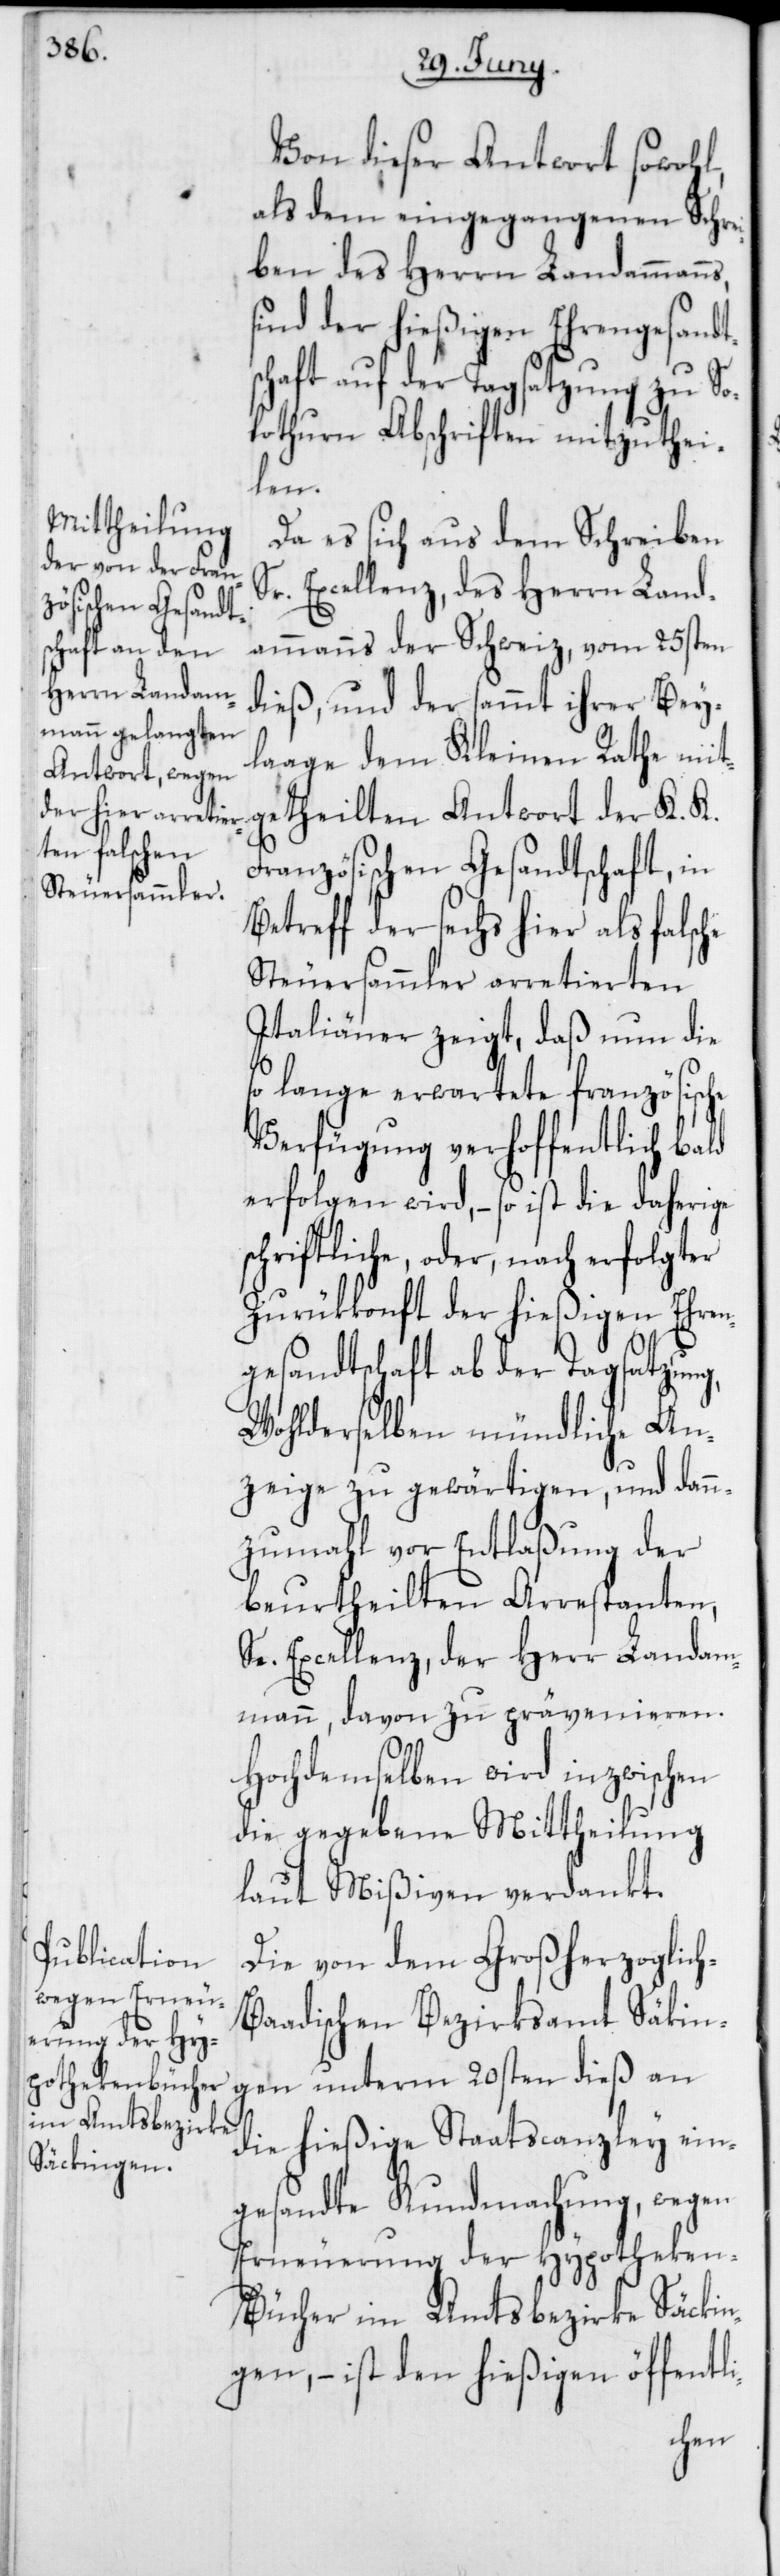
Von dieser Antwort sowohl,
als dem eingegangenen Schrei¬
ben des Herrn Landammanns,
sind der hießigen Ehrengsandts¬
chaft auf der Tagsatzung zu So¬
lothurn Abschriften mitzuthei¬
h-B¬
Da es sich aus dem Schreiben
Sr. Excellenz, des Herrn Land¬
ammanns der Schweiz, vom 25sten
dieß, und der sammt ihrer Bey¬
laage dem Kleinen Rathe mit¬
getheilten Antwort der K. K.
Französischen Gesandtschaft, in
Betreff der sechs hier als falsche
Steuersammler arretierten
Italiäner zeigt, daß nun die
so lange erwartete französische
Verfügung verhoffentlich bald
erfolgen wird, – so ist die daherige
schriftliche, oder, nach erfolgter
Zurükkonft der hießigen Ehren¬
gesandtschaft ab der Tagsatzung,
Wohlderselben mündliche An¬
zeige zu gewärtigen, und dann¬
zumahl vor Entlaßung der
beurtheilten Arrestanten,
Se. Excellenz, der Herr Landam¬
mann, davon zu prävenieren.
Hochdemselben wird inzwischen
die gegebene Mittheilung
laut Mißiven verdankt.
Die von dem Großherzoglic¬
aadischen Bezirksamt Säkin¬
gen unterm 20sten dieß an
die hießige Staatscanzley ein¬
gesandte Kundmachung, wegen
Erneuerung der Hypotheke¬
n-Bücher im Amtsbezirke Säckin¬
gen, – ist den hießigen öffentli-